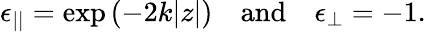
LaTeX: \epsilon_{||}=\exp\left({-2k|z|}\right)\quad\textrm{and}\quad\epsilon_{\perp}=-1.